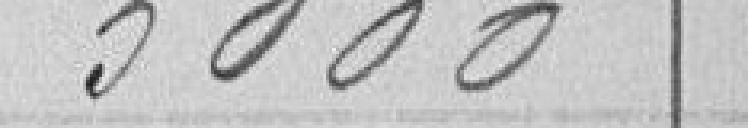
5000